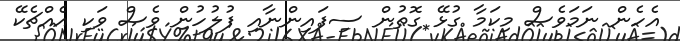
އެހެން ނަމަވެސް މިކަމާ ގުޅޭ ގޮތުން ސިފައިންނާއި ފުލުހުން ވެސް ވަކި އެއްޗެކޭ